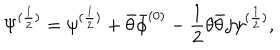
LaTeX: \Psi ^ { ( \frac { 1 } { 2 } ) } = \psi ^ { ( \frac { 1 } { 2 } ) } + \bar { \theta } \bar { \phi } ^ { ( 0 ) } - \frac { 1 } { 2 } \theta \bar { \theta } j \psi ^ { ( \frac { 1 } { 2 } ) } ,